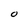
Character: O